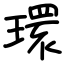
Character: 環